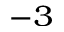
^ { - 3 }